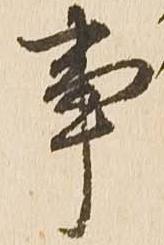
事